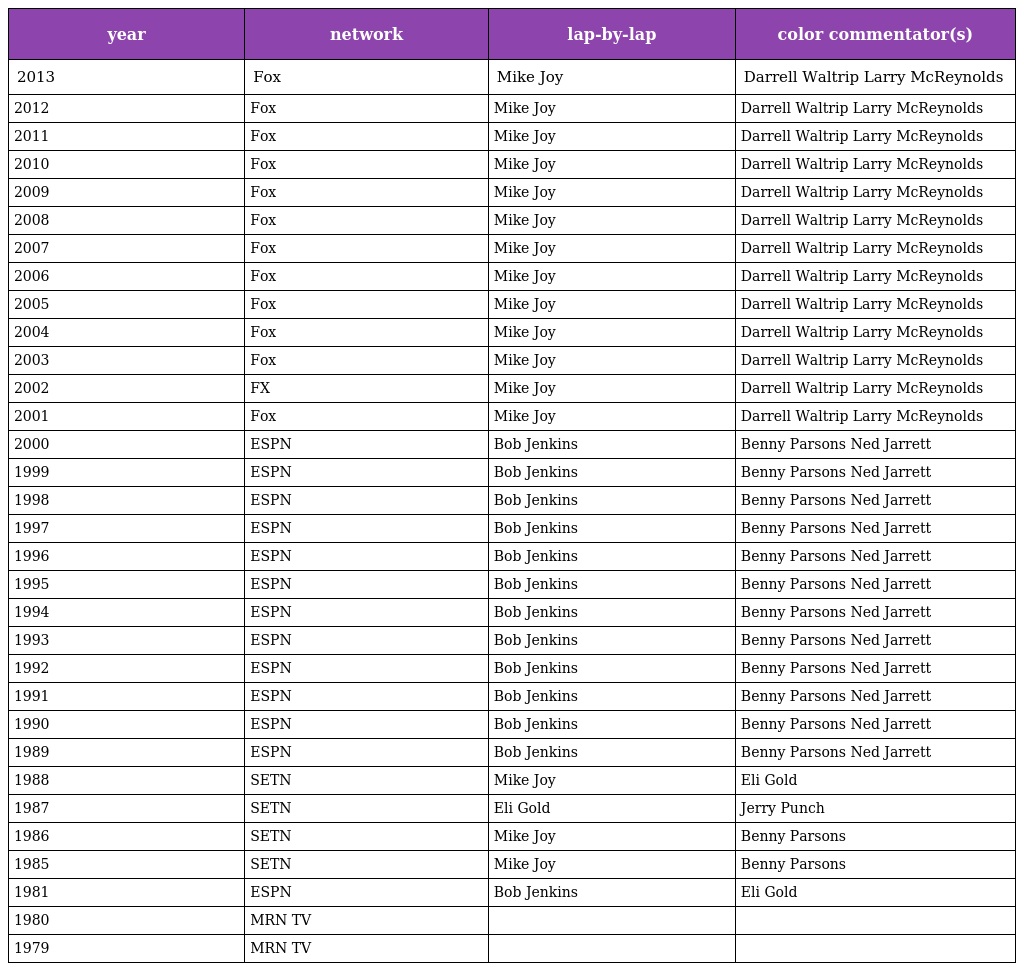
| year | network | lap-by-lap | color commentator(s) |
 | --- | --- | --- | --- |
 | 2013 | Fox | Mike Joy | Darrell Waltrip Larry McReynolds |
 | 2012 | Fox | Mike Joy | Darrell Waltrip Larry McReynolds |
 | 2011 | Fox | Mike Joy | Darrell Waltrip Larry McReynolds |
 | 2010 | Fox | Mike Joy | Darrell Waltrip Larry McReynolds |
 | 2009 | Fox | Mike Joy | Darrell Waltrip Larry McReynolds |
 | 2008 | Fox | Mike Joy | Darrell Waltrip Larry McReynolds |
 | 2007 | Fox | Mike Joy | Darrell Waltrip Larry McReynolds |
 | 2006 | Fox | Mike Joy | Darrell Waltrip Larry McReynolds |
 | 2005 | Fox | Mike Joy | Darrell Waltrip Larry McReynolds |
 | 2004 | Fox | Mike Joy | Darrell Waltrip Larry McReynolds |
 | 2003 | Fox | Mike Joy | Darrell Waltrip Larry McReynolds |
 | 2002 | FX | Mike Joy | Darrell Waltrip Larry McReynolds |
 | 2001 | Fox | Mike Joy | Darrell Waltrip Larry McReynolds |
 | 2000 | ESPN | Bob Jenkins | Benny Parsons Ned Jarrett |
 | 1999 | ESPN | Bob Jenkins | Benny Parsons Ned Jarrett |
 | 1998 | ESPN | Bob Jenkins | Benny Parsons Ned Jarrett |
 | 1997 | ESPN | Bob Jenkins | Benny Parsons Ned Jarrett |
 | 1996 | ESPN | Bob Jenkins | Benny Parsons Ned Jarrett |
 | 1995 | ESPN | Bob Jenkins | Benny Parsons Ned Jarrett |
 | 1994 | ESPN | Bob Jenkins | Benny Parsons Ned Jarrett |
 | 1993 | ESPN | Bob Jenkins | Benny Parsons Ned Jarrett |
 | 1992 | ESPN | Bob Jenkins | Benny Parsons Ned Jarrett |
 | 1991 | ESPN | Bob Jenkins | Benny Parsons Ned Jarrett |
 | 1990 | ESPN | Bob Jenkins | Benny Parsons Ned Jarrett |
 | 1989 | ESPN | Bob Jenkins | Benny Parsons Ned Jarrett |
 | 1988 | SETN | Mike Joy | Eli Gold |
 | 1987 | SETN | Eli Gold | Jerry Punch |
 | 1986 | SETN | Mike Joy | Benny Parsons |
 | 1985 | SETN | Mike Joy | Benny Parsons |
 | 1981 | ESPN | Bob Jenkins | Eli Gold |
 | 1980 | MRN TV |  |  |
 | 1979 | MRN TV |  |  |